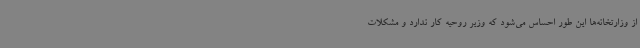
از وزارتخانه‌ها این طور احساس می‌شود که وزیر روحیه کار ندارد و مشکلات